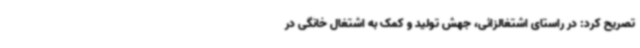
تصریح کرد: در راستای اشتغالزائی، جهش تولید و کمک به اشتغال خانگی در